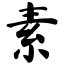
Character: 素